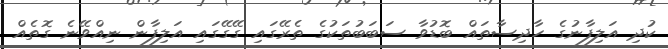
ކުދި އަލިފާނުގެ ހާދިސާތައް ބޮޑުވާ ސަބަބުތަކުގެ ތެރޭގައި ގޭގޭގައި އަލިފާން ނިއްވޭނެ ގޮތެއް